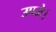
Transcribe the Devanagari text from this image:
उपजे।